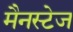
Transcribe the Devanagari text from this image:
मैनस्टेज